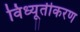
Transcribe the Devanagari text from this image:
विध्यूतीकरण